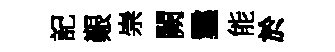
記艱崇闕鑿能於